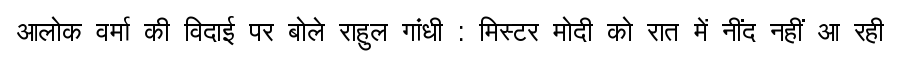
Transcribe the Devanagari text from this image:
आलोक वर्मा की विदाई पर बोले राहुल गांधी : मिस्टर मोदी को रात में नींद नहीं आ रही